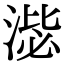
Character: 𣸢